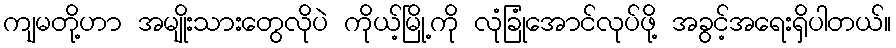
ကျမတို့ဟာ အမျိုးသားတွေလိုပဲ ကိုယ့်မြို့ကို လုံခြုံအောင်လုပ်ဖို့ အခွင့်အရေးရှိပါတယ်။